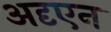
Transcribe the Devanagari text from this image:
अदृएन